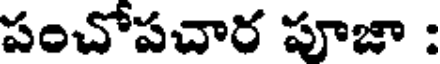
పంచోపచార పూజా :